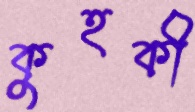
কুহকী